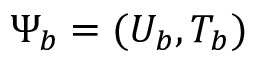
\Psi _ { b } = ( U _ { b } , T _ { b } )